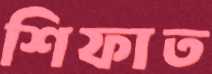
শিফাত